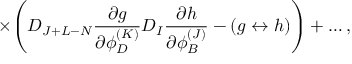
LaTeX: \times \Biggl ( D _ { J + L - N } { \frac { \partial g } { \partial \phi _ { D } ^ { ( K ) } } } D _ { I } { \frac { \partial h } { \partial \phi _ { B } ^ { ( J ) } } } - ( g \leftrightarrow h ) \Biggr ) + \ldots ,